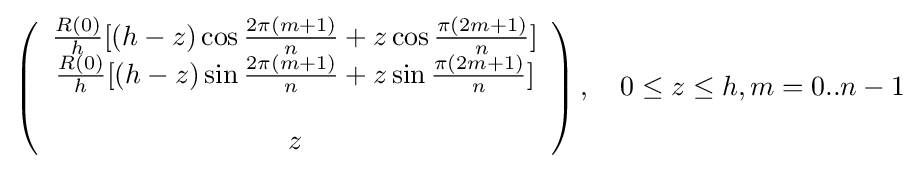
\left({\begin{array}{c}{\frac {R(0)}{h}}[(h-z)\cos {\frac {2\pi (m+1)}{n}}+z\cos {\frac {\pi (2m+1)}{n}}]\\{\frac {R(0)}{h}}[(h-z)\sin {\frac {2\pi (m+1)}{n}}+z\sin {\frac {\pi (2m+1)}{n}}]\\\\z\end{array}}\right),\quad 0\leq z\leq h,m=0..n-1